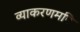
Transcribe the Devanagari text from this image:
व्याकरणमपि